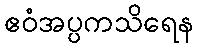
ဧဝံအပ္ပကသိရေန